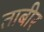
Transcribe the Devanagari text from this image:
ताबीर